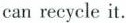
can recycle it.